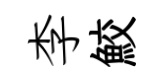
李鮫